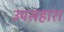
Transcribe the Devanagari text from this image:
उपसहारा